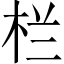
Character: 栏